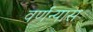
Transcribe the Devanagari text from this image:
वर्णन्यास